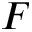
F